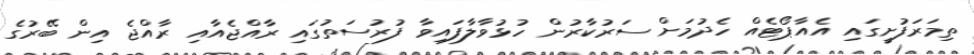
ތިމަރަފުށީގައި އެއާޕޯޓެއް ހެދުމަށް ސަރުކާރުން ހުޅުވާލާފައިވާ ފުރުސަތުގައި ރާއްޖެއާއި ރާއްޖެ އިން ބޭރުގެ